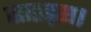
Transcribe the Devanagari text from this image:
साइड्स।